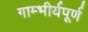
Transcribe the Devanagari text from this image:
गाम्भीर्यपूर्ण